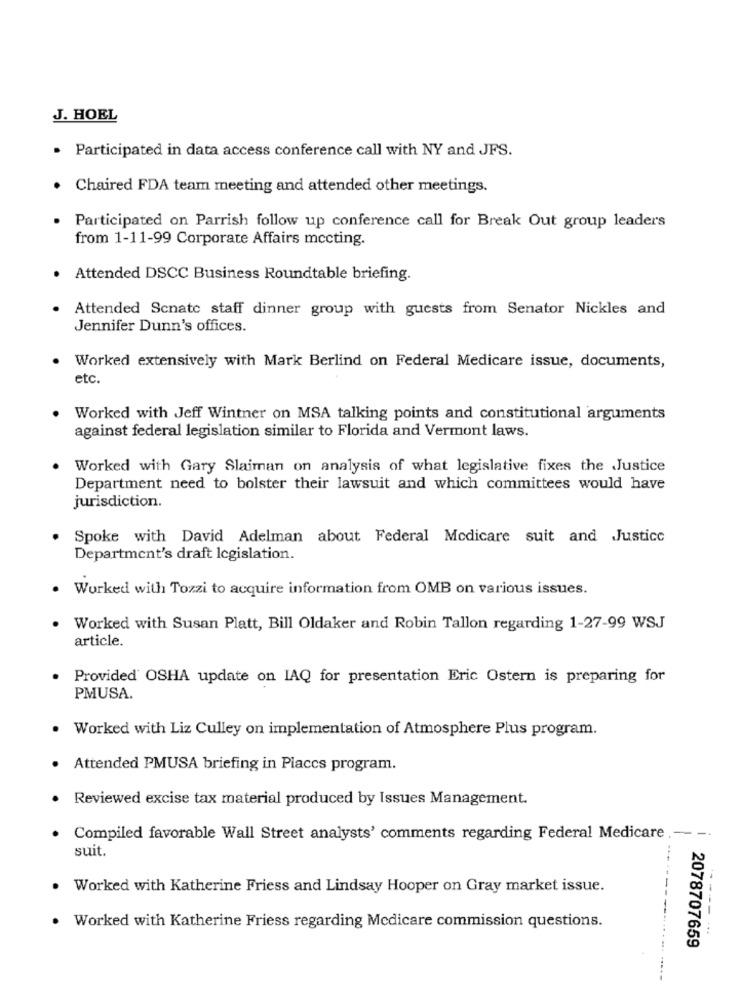
J. HOEL
Participated in data access conference call with NY and JFS.
Chaired FDA team meeting and attended other meetings.
Participated on Parrish follow up conference call for Break Out group leaders
from 1-11-99 Corporate Affairs mccting.
Attended DSCC Business Roundtable briefing.
Attended Scnate staff dinner group with guests from Senator Nickles and
Jennifer Dunn's offices.
Worked extensively with Mark Berlind on Federal Medicare issue, documents,
etc.
Worked with Jeff Wintner on MSA talking points and constitutional arguments
against federal legislation similar to Florida and Vermont laws.
Worked with Gary Slaiman on analysis of what legislative fixes the Justice
Department need to bolster their lawsuit and which committees would have
jurisdiction.
Spoke with David Adelman about Federal Medicare suit and Justice
Department's draft legislation.
Worked with Tozzi to acquire information from OMB on various issues.
Worked with Susan Platt, Bill Oldaker and Robin Tallon regarding 1-27-99 WSJ
article.
Provided' OSHA update on IAQ for presentation Eric Ostern is preparing for
PMUSA.
Worked with Liz Culley on implementation of Atmosphere Plus program.
. Attended PMUSA briefing in Places program.
Reviewed excise tax material produced by Issues Management.
Compiled favorable Wall Street analysts' comments regarding Federal Medicare .--
suit.
Worked with Katherine Friess and Lindsay Hooper on Gray market issue.
Worked with Katherine Friess regarding Medicare commission questions.
-------
2078707659